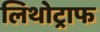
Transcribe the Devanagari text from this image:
लिथोट्राफ